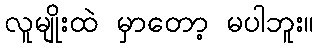
လူမျိုးထဲ မှာတော့ မပါဘူး။